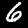
Digit: 6